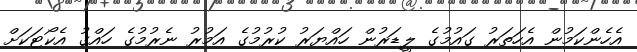
އެހެންކަމުން އެހަތަރު ގައުމުގެ ލީޑަރުން ހައްޔަރު ކުރުމުގެ އަމުރު ނެރުމުގެ ހައްގު އެކޯޓަކަށް